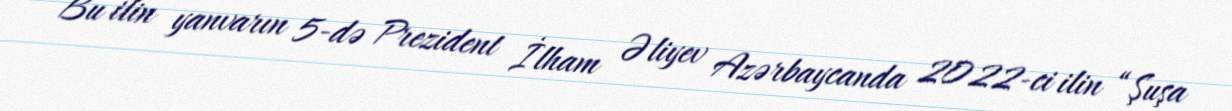
Bu ilin yanvarın 5-də Prezident İlham Əliyev Azərbaycanda 2022-ci ilin “Şuşa